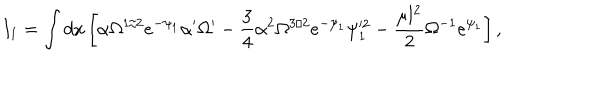
I _ { 1 } = \int d x \left[ \alpha \Omega ^ { 1 / 2 } e ^ { - \psi _ { 1 } } \alpha ^ { \prime } \Omega ^ { \prime } - \frac { 3 } { 4 } \alpha ^ { 2 } \Omega ^ { 3 / 2 } e ^ { - \psi _ { 1 } } \psi _ { 1 } ^ { \prime 2 } - \frac { \mu l ^ { 2 } } { 2 } \Omega ^ { - 1 } e ^ { \psi _ { 1 } } \right] ,